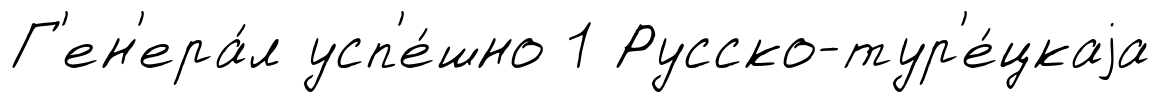
Г'ен'ера́л усп'е́шно 1 Русско-тур'е́цкаjа